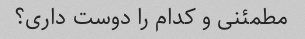
مطمئنی و کدام را دوست داری؟